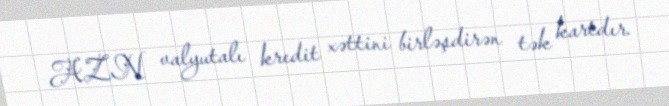
AZN valyutalı kredit xəttini birləşdirən tək kartdır.